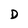
Character: D